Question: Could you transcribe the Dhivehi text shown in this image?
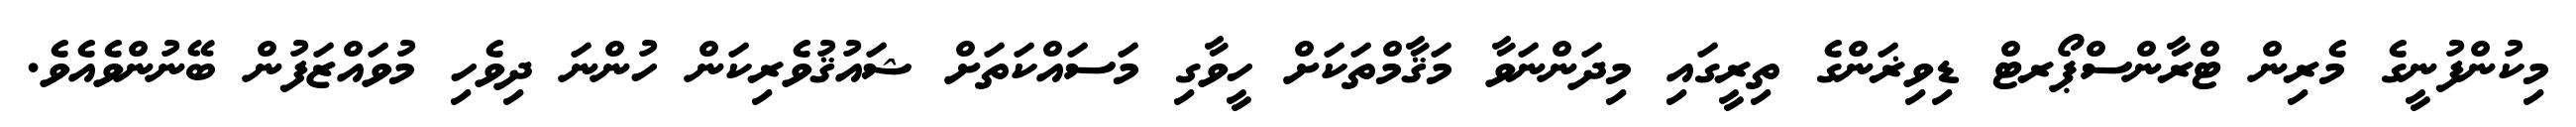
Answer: މިކުންފުނީގެ މެރިން ޓްރާންސްޕޯރޓް ޑިވިޜަންގެ ތިރީގައި މިދަންނަވާ މަޤާމްތަކަށް ހީވާގި މަސައްކަތަށް ޝައުޤުވެރިކަން ހުންނަ ދިވެހި މުވައްޒަފުން ބޭނުންވެއެވެ.